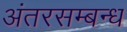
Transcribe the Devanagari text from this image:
अंतरसम्बन्ध